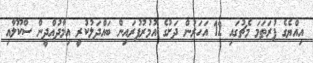
އިއްޔެގެ ފުރަތަމަ މެޗުގައި 12 އަހަރުން ދަށުގެ އުމުރުފުރައިން ބައްދަލުކުރީ އިމާދުއްދީން ސްކޫލާއި